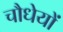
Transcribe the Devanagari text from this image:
चौधेयों